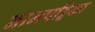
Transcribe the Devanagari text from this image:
नामपट्टिका